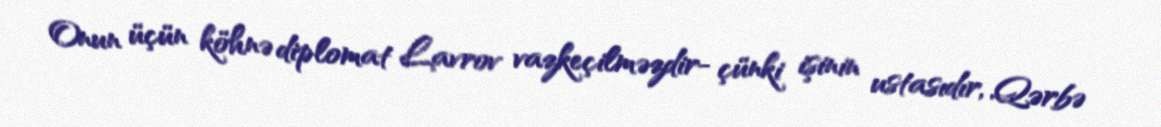
Onun üçün köhnə diplomat Lavrov vazkeçilməzdir- çünki işinin ustasıdır, Qərbə